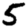
Digit: 5